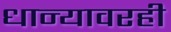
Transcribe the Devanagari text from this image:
धान्यावरही